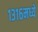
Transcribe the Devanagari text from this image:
१३१६मध्ये